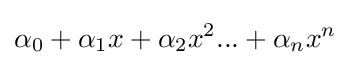
\alpha _{0}+\alpha _{1}x+\alpha _{2}x^{2}...+\alpha _{n}x^{n}